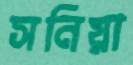
সনিয়া